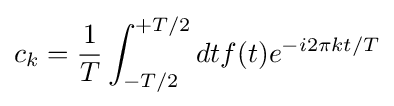
c_{k}={\frac {1}{T}}\int _{-T/2}^{+T/2}dtf(t)e^{-i2\pi kt/T}